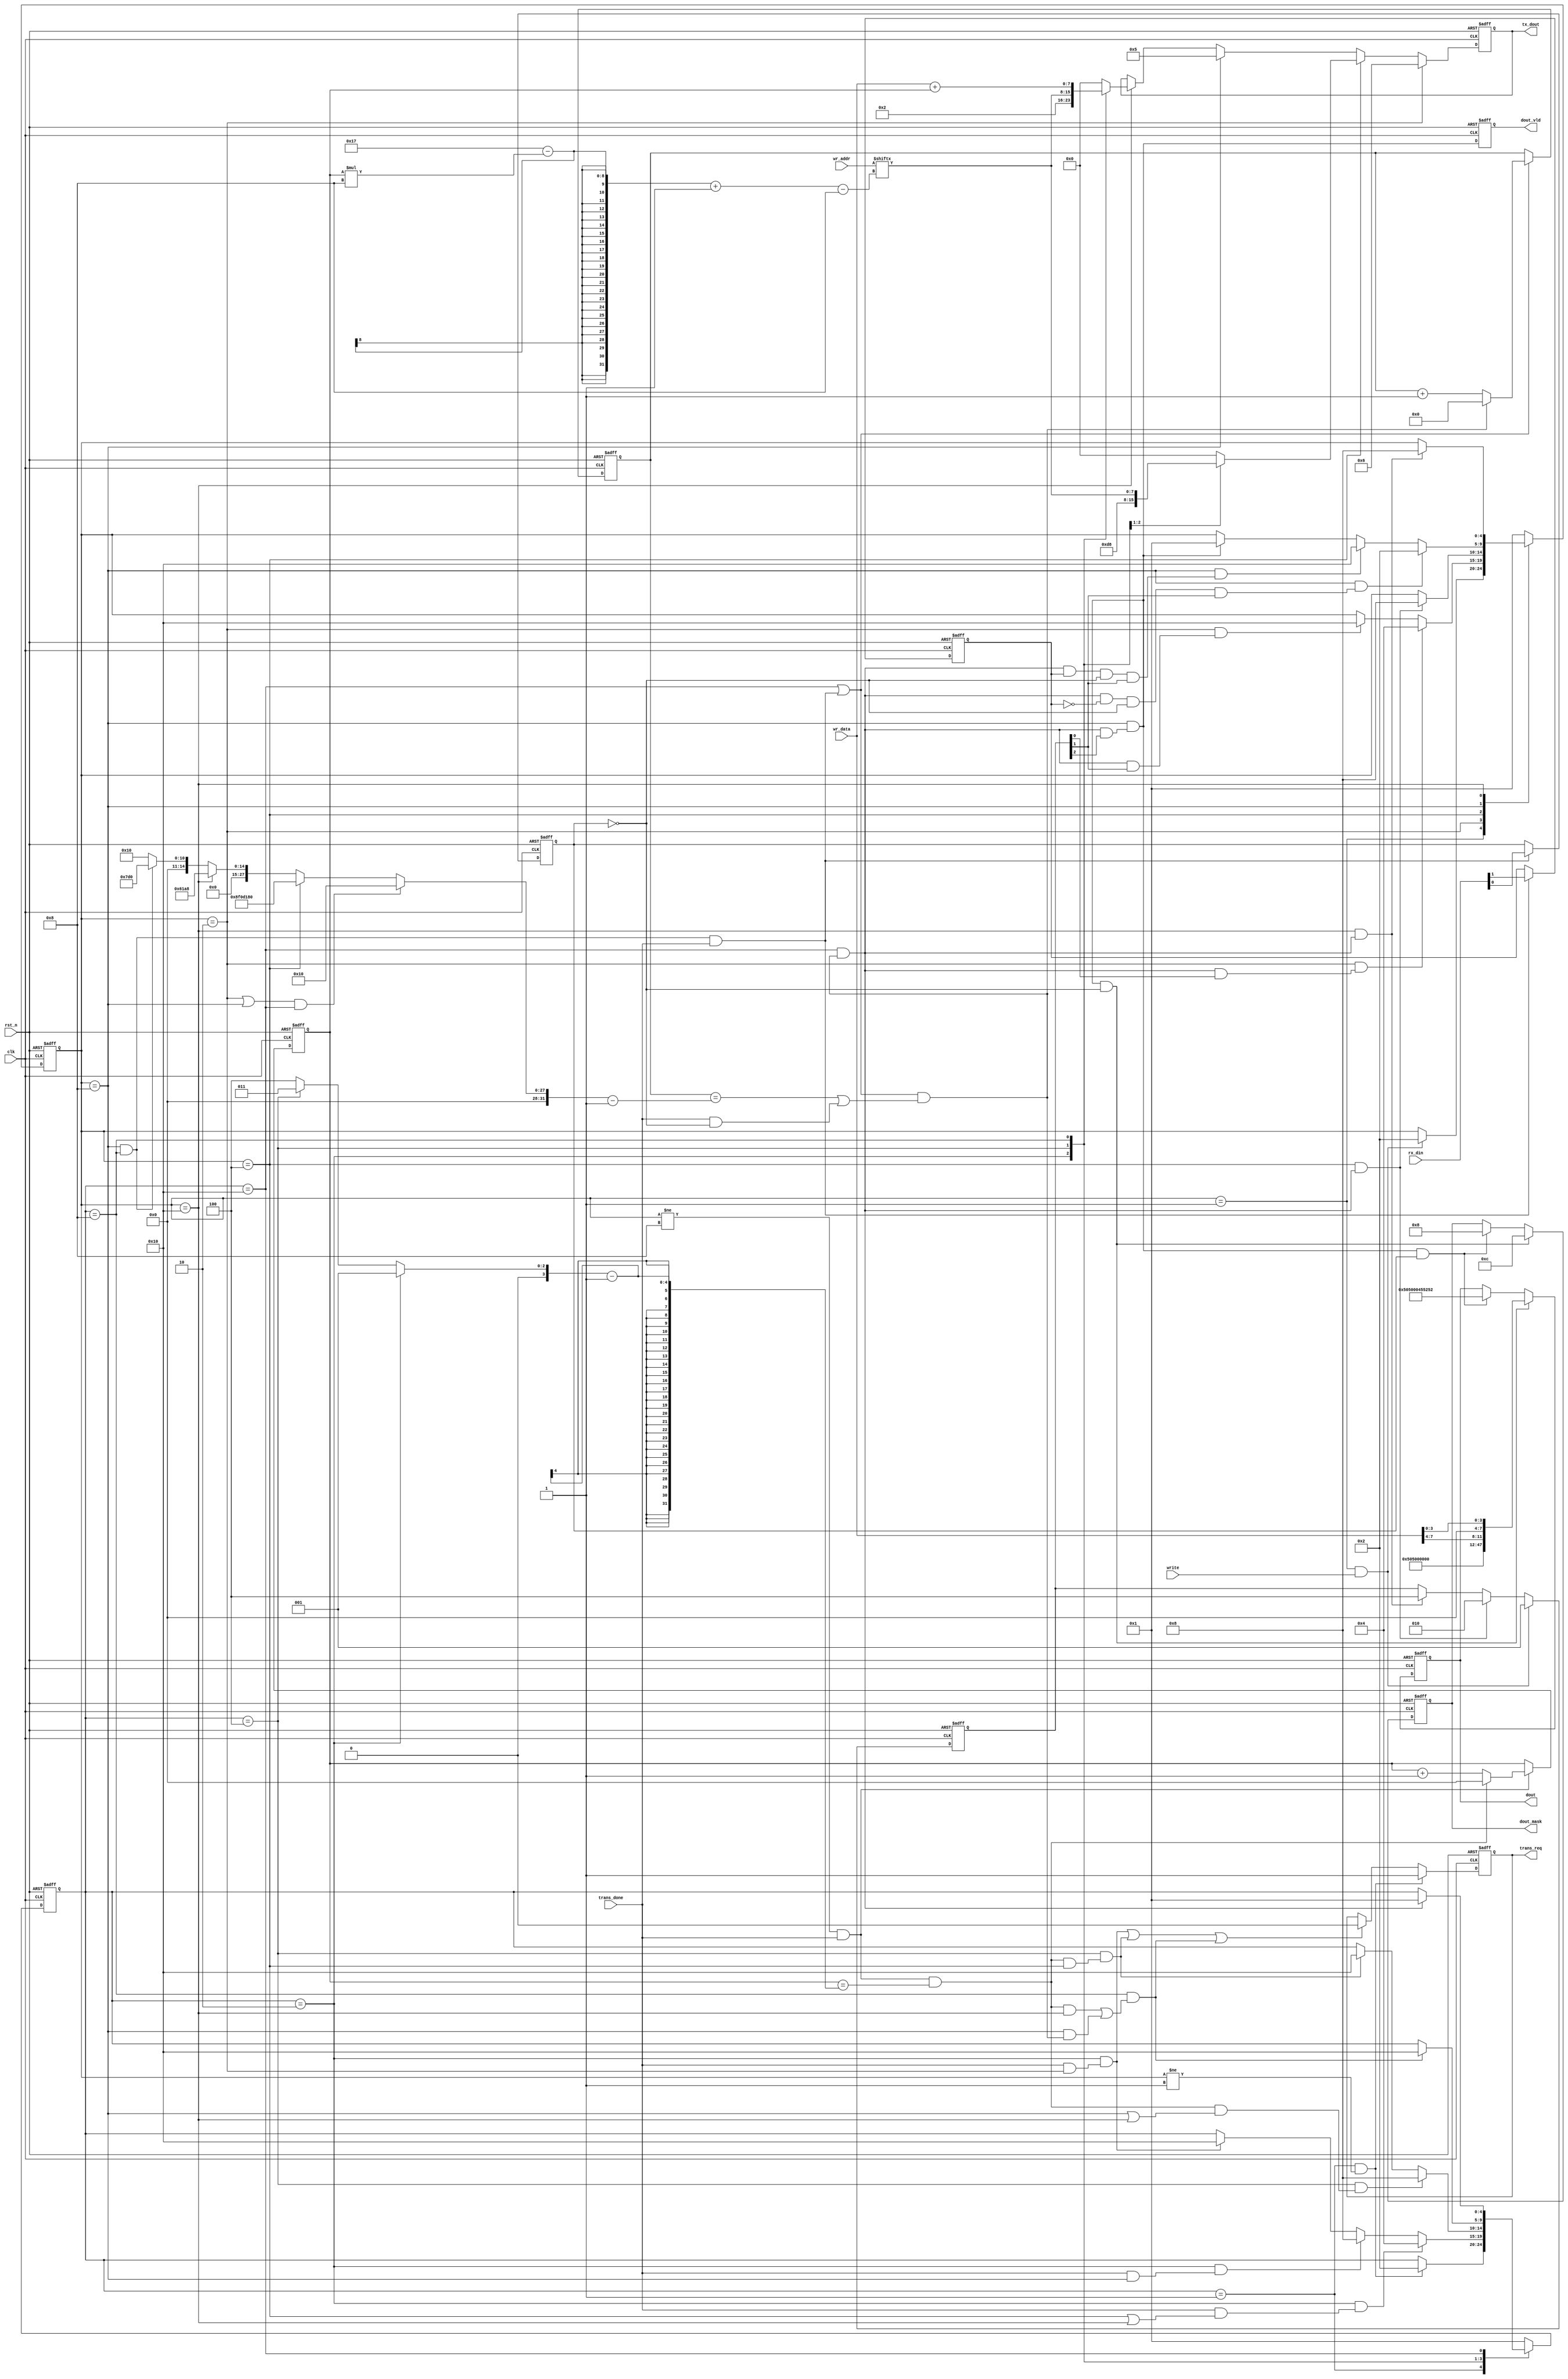
module flash_write(

    input               clk         ,
    input               rst_n       ,
    
    //key
    input               write       ,
    input   [ 7:0]      wr_data     ,//
    input   [23:0]      wr_addr     ,//flash

    //spi_master
    output              trans_req   ,
    output  [7:0]       tx_dout     ,
    input   [7:0]       rx_din      ,
    input               trans_done  ,

    //output
    output  [47:0]      dout        ,
    output  [5:0]       dout_mask   ,
    output              dout_vld    
);

//
    //
    localparam  M_IDLE = 5'b0_0001,
                M_WREN = 5'b0_0010,//
                M_SE   = 5'b0_0100,//
                M_RDSR = 5'b0_1000,//
                M_PP   = 5'b1_0000;//
    //
    localparam  S_IDLE = 5'b0_0001,
                S_CMD  = 5'b0_0010,//
                S_ADDR = 5'b0_0100,//
                S_DATA = 5'b0_1000,//
                S_DELA = 5'b1_0000;// 

    localparam  CMD_WREN = 8'h06,//
                CMD_SE   = 8'hD8,//
                CMD_RDSR = 8'h05,//
                CMD_PP   = 8'h02;//

    parameter   TIME_DELAY = 16,//WRENSEPP 
                TIME_SE    = 150_000_000,//3s
                TIME_PP    = 25_000,//5ms
                TIME_RDSR  = 2000;// 2000

//

    reg         [4:0]       m_state_c       ;
    reg         [4:0]       m_state_n       ;
    reg         [4:0]       s_state_c       ;
    reg         [4:0]       s_state_n       ;

    reg         [3:0]       cnt0            ;
    wire                    add_cnt0        ;
    wire                    end_cnt0        ;
    reg         [3:0]       xx              ;

    reg         [31:0]      cnt1            ;
    wire                    add_cnt1        ;
    wire                    end_cnt1        ;
	reg			[31:0]      yy				;

    reg                     rdsr_wip        ;
    reg                     rdsr_wel        ;
    reg         [2:0]       flag            ;
    
    reg         [7:0]       tx_data         ;
    reg                     tx_req          ;
    
    reg         [47:0]      data            ;
    reg         [5:0]       data_mask       ;
    reg                     data_vld        ;

    wire                    m_idle2m_wren   ; 
    wire                    m_wren2m_se     ; 
    wire                    m_se2m_rdsr     ; 
    wire                    m_rdsr2m_wren   ; 
    wire                    m_rdsr2m_pp     ; 
    wire                    m_wren2m_pp     ; 
    wire                    m_rdsr2m_idle   ; 
    wire                    m_pp2m_rdsr     ; 

    wire                    s_idle2s_cmd    ; 
    wire                    s_cmd2s_addr    ; 
    wire                    s_cmd2s_data    ; 
    wire                    s_cmd2s_dela    ; 
    wire                    s_addr2s_data   ; 
    wire                    s_addr2s_dela   ; 
    wire                    s_data2s_dela   ; 
    wire                    s_dela2s_idle   ; 

//
    always @(posedge clk or negedge rst_n) begin 
        if (rst_n==0) begin
            m_state_c <= M_IDLE ;
        end
        else begin
            m_state_c <= m_state_n;
       end
    end
    
    always @(*) begin 
        case(m_state_c)  
            M_IDLE :begin
                if(m_idle2m_wren)
                    m_state_n = M_WREN ;
                else 
                    m_state_n = m_state_c ;
            end
            M_WREN :begin
                if(m_wren2m_se)
                    m_state_n = M_SE ;
                else if(m_wren2m_pp)
                    m_state_n = M_PP ;
                else 
                    m_state_n = m_state_c ;
            end
            M_SE :begin
                if(m_se2m_rdsr)
                    m_state_n = M_RDSR ;
                else 
                    m_state_n = m_state_c ;
            end
            M_RDSR :begin
                if(m_rdsr2m_wren)
                    m_state_n = M_WREN ;
                else if(m_rdsr2m_pp)
                    m_state_n = M_PP ;
                else if(m_rdsr2m_idle)
                    m_state_n = M_IDLE ;
                else 
                    m_state_n = m_state_c ;
            end
            M_PP :begin
                if(m_pp2m_rdsr)
                    m_state_n = M_RDSR ;
                else 
                    m_state_n = m_state_c ;
            end
            default : m_state_n = M_IDLE ;
        endcase
    end
    
    assign m_idle2m_wren = m_state_c==M_IDLE && (write);
    assign m_wren2m_se   = m_state_c==M_WREN && (s_dela2s_idle && flag[0]);
    assign m_se2m_rdsr   = m_state_c==M_SE   && (s_dela2s_idle);
    assign m_rdsr2m_wren = m_state_c==M_RDSR && (s_dela2s_idle && ~rdsr_wel && ~rdsr_wip && flag[1]);
    assign m_rdsr2m_pp   = m_state_c==M_RDSR && (s_dela2s_idle && rdsr_wel && ~rdsr_wip && flag[1]);
    assign m_wren2m_pp   = m_state_c==M_WREN && (s_dela2s_idle && flag[1]);
    assign m_rdsr2m_idle = m_state_c==M_RDSR && (s_dela2s_idle && flag[2]);
    assign m_pp2m_rdsr   = m_state_c==M_PP   && (s_dela2s_idle);
    
 //
        
    always @(posedge clk or negedge rst_n) begin 
        if (rst_n==0) begin
            s_state_c <= S_IDLE ;
        end
        else begin
            s_state_c <= s_state_n;
       end
    end
    
    always @(*) begin 
        case(s_state_c)  
            S_IDLE :begin
                if(s_idle2s_cmd)
                    s_state_n = S_CMD ;
                else 
                    s_state_n = s_state_c ;
            end
            S_CMD :begin
                if(s_cmd2s_addr)
                    s_state_n = S_ADDR ;
                else if(s_cmd2s_data)
                    s_state_n = S_DATA ;
                else if(s_cmd2s_dela)
                    s_state_n = S_DELA ;
                else 
                    s_state_n = s_state_c ;
            end
            S_ADDR :begin
                if(s_addr2s_data)
                    s_state_n = S_DATA ;
                else if(s_addr2s_dela)
                    s_state_n = S_DELA ;
                else 
                    s_state_n = s_state_c ;
            end
            S_DATA :begin
                if(s_data2s_dela)
                    s_state_n = S_DELA ;
                else 
                    s_state_n = s_state_c ;
            end
            S_DELA :begin
                if(s_dela2s_idle)
                    s_state_n = S_IDLE ;
                else 
                    s_state_n = s_state_c ;
            end
            default : s_state_n = S_IDLE ;
        endcase
    end
    
    assign s_idle2s_cmd  = s_state_c==S_IDLE && (m_state_c != M_IDLE);
    assign s_cmd2s_addr  = s_state_c==S_CMD  && (trans_done && (m_state_c == M_SE || m_state_c == M_PP));
    assign s_cmd2s_data  = s_state_c==S_CMD  && (trans_done && m_state_c == M_RDSR);
    assign s_cmd2s_dela  = s_state_c==S_CMD  && (trans_done && m_state_c == M_WREN);
    assign s_addr2s_data = s_state_c==S_ADDR && (end_cnt0 && (m_state_c == M_RDSR || m_state_c == M_PP));
    assign s_addr2s_dela = s_state_c==S_ADDR && (end_cnt0 && m_state_c == M_SE);
    assign s_data2s_dela = s_state_c==S_DATA && (end_cnt0 && m_state_c == M_PP || m_state_c == M_RDSR && end_cnt1);
    assign s_dela2s_idle = s_state_c==S_DELA && (end_cnt1);
    
    //
    
    always @(posedge clk or negedge rst_n) begin 
        if (rst_n==0) begin
            cnt0 <= 0; 
        end
        else if(add_cnt0) begin
            if(end_cnt0)
                cnt0 <= 0; 
            else
                cnt0 <= cnt0+1 ;
       end
    end
    assign add_cnt0 = (m_state_c != M_RDSR && trans_done);
    assign end_cnt0 = add_cnt0 && cnt0 == (xx)-1 ;
    
    always  @(*)begin
        if(s_state_c == S_CMD)  //1
            xx = 1;
        else if(s_state_c == S_ADDR)    //3
            xx = 3;
        else /*if(s_state_c == S_DATA)*/ //1
            xx = 4;
    end
    
    always @(posedge clk or negedge rst_n) begin 
        if (rst_n==0) begin
            cnt1 <= 0; 
        end
        else if(add_cnt1) begin
            if(end_cnt1)
                cnt1 <= 0; 
            else
                cnt1 <= cnt1+1 ;
       end
    end
    assign add_cnt1 = (s_state_c == S_DELA || m_state_c == M_RDSR && s_state_c == S_DATA && trans_done);
    assign end_cnt1 = add_cnt1  && (cnt1 == (yy)-1 || trans_done && ~rdsr_wip);
    
    always  @(*)begin
        if((m_state_c == M_WREN || m_state_c == M_RDSR) && s_state_c == S_DELA)  //
            yy = TIME_DELAY;
        else if(m_state_c == M_SE)//
            yy = TIME_SE;
        else if(m_state_c == M_PP)//
            yy = TIME_PP;
        else if(m_state_c == M_RDSR && s_state_c == S_DATA)// yy 
            yy = TIME_RDSR;
	     else 
		    yy = TIME_DELAY;
    end

//rdsr_wel rdsr_wip
    always  @(posedge clk or negedge rst_n)begin
        if(rst_n==1'b0)begin
            rdsr_wel <= 1'b0;
            rdsr_wip <= 1'b0;
        end
        else if(m_state_c == M_RDSR && s_state_c == S_DATA && trans_done)begin
            rdsr_wel <= rx_din[1];
            rdsr_wip <= rx_din[0];
        end
    end

    always  @(posedge clk or negedge rst_n)begin
        if(rst_n==1'b0)begin
            flag <= 3'b000;
        end
        else if(m_idle2m_wren)begin
            flag <= 3'b001;
        end
        else if(m_se2m_rdsr)begin
            flag <= 3'b010;
        end
        else if(m_pp2m_rdsr)begin
            flag <= 3'b100;
        end
    end

//    

    always  @(posedge clk or negedge rst_n)begin
        if(rst_n==1'b0)begin
            tx_data <= 0;
        end
        else if(m_state_c == M_WREN)begin
            tx_data <= CMD_WREN;
        end
        else if(m_state_c == M_SE)begin
            case(s_state_c)
                S_CMD :tx_data <= CMD_SE;
                S_ADDR:tx_data <= wr_addr[23-cnt0*8 -:8];
                default:tx_data <= 0;
            endcase 
        end
        else if(m_state_c == M_RDSR)begin   //
            tx_data <= CMD_RDSR;
        end 
        else if(m_state_c == M_PP)begin 
            case(s_state_c)
                S_CMD :tx_data <= CMD_PP;
                S_ADDR:tx_data <= wr_addr[23-cnt0*8 -:8];
                S_DATA:tx_data <= wr_data + cnt0;
                default:tx_data <= 0;
            endcase 
        end 
    end

    always  @(posedge clk or negedge rst_n)begin
        if(rst_n==1'b0)begin
            tx_req <= 1'b0;
        end
        else if(s_idle2s_cmd)begin
            tx_req <= 1'b1;
        end
        else if(s_cmd2s_dela | s_addr2s_dela | s_data2s_dela)begin
            tx_req <= 1'b0;
        end
    end
//data    data_mask
    always @(posedge clk or negedge rst_n)begin 
        if(!rst_n)begin
            data <= 0;
            data_mask <= 0;
        end 
        else if(m_rdsr2m_idle & ~rdsr_wip)begin //PP completed
            data <= {"P","P",16'd0,4'd0,wr_data[7:4],4'd0,wr_data[3:0]};
            data_mask <= 6'b001100;
        end
        else if(m_rdsr2m_idle & rdsr_wip)begin //PP failed
            data <= {"P","P",8'd0,"ERR"};
            data_mask <= 6'b001000;
        end  
    end

//data_vld   ,
    always @(posedge clk or negedge rst_n)begin 
        if(!rst_n)begin
            data_vld <= 0;
        end 
        else begin 
            data_vld <= m_rdsr2m_idle;
        end 
    end

//
    assign tx_dout = tx_data;
    assign trans_req = tx_req;
    assign dout_vld = data_vld;
    assign dout_mask = data_mask;
    assign dout = data;

endmodule